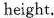
height.